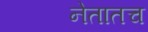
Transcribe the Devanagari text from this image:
नेतातच